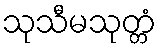
သုသီမသုတ္တံ